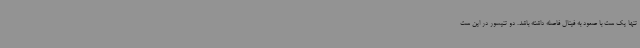
تنها یک ست با صعود به فینال فاصله داشته باشد. دو تنیسور در این ست